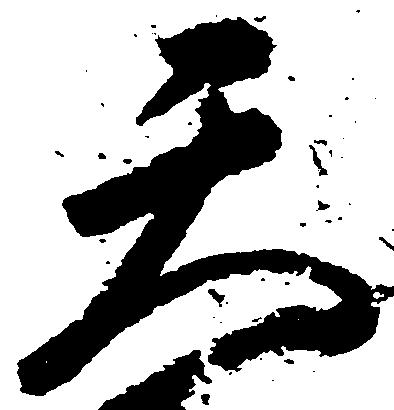
天